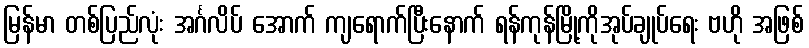
မြန်မာ တစ်ပြည်လုံး အင်္ဂလိပ် အောက် ကျရောက်ပြီးနောက် ရန်ကုန်မြို့ကိုအုပ်ချုပ်ရေး ဗဟို အဖြစ်